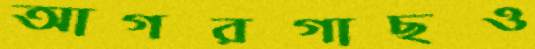
আগরগাছও